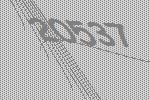
20537